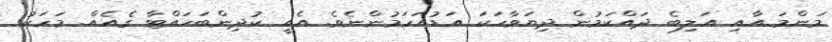
މަންމަ އާއި އަލިބެ ދައްކަމުން ދިޔަވާހަކަ އަޑުއަހަމުންނެވެ. އެއީ ކުދިންބަހައްޓާ ގެއެއް. މަހަކު